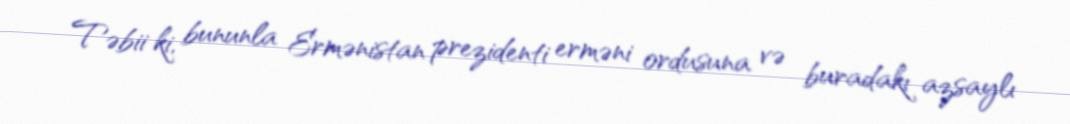
Təbii ki, bununla Ermənistan prezidenti erməni ordusuna və buradakı azsaylı